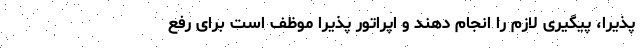
پذیرا، پیگیری لازم را انجام دهند و اپراتور پذیرا موظف است برای رفع